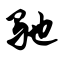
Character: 驰